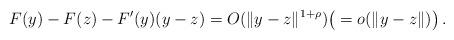
LaTeX: \begin{align*}F(y) - F(z) - F^\prime(y)(y- z) = O(\|y- z\|^{1+\rho}) \big(=o(\|y- z\|)\big) \, . \end{align*}